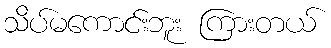
သိပ်မကောင်းဘူး ကြားတယ်